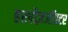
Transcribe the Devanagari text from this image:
हरपीज़जॉस्टर